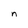
Character: n